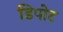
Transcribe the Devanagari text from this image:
डिपोट